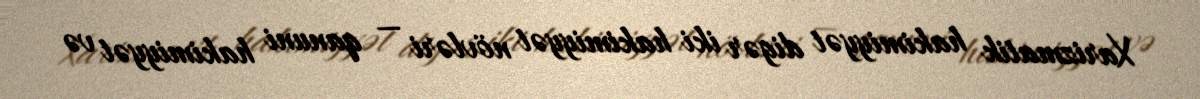
Xarizmatik hakimiyyət digər iki hakimiyyət növləri — qanuni hakimiyyət və